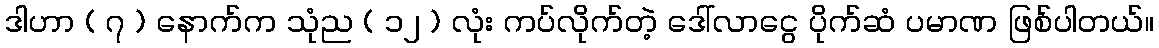
ဒါဟာ ( ၇ ) နောက်က သုံည ( ၁၂ ) လုံး ကပ်လိုက်တဲ့ ဒေါ်လာငွေ ပိုက်ဆံ ပမာဏ ဖြစ်ပါတယ်။